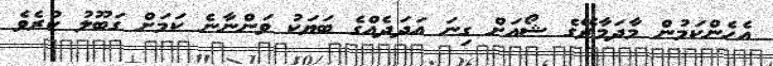
އެހެންކަމުން މާދަމާރޭގެ ޝޯއަށް ގިނަ އަދަދެއްގެ ބަޔަކު ވަންނާނެ ކަމަށް ގަބޫލު ކުރެވެ